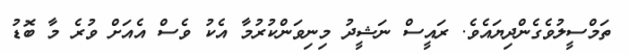
ތަމްސީލުވެގެންދިޔައެވެ. ރައީސް ނަޝީދު މިނިވަންކުރުމާ އެކު ވެސް އެއަށް ވުރެ މާ ބޮޑު